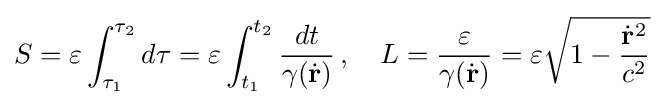
S=\varepsilon \int _{\tau _{1}}^{\tau _{2}}d\tau =\varepsilon \int _{t_{1}}^{t_{2}}{\frac {dt}{\gamma ({\dot {\mathbf {r} }})}}\,,\quad L={\frac {\varepsilon }{\gamma ({\dot {\mathbf {r} }})}}=\varepsilon {\sqrt {1-{\frac {{\dot {\mathbf {r} }}^{2}}{c^{2}}}}}